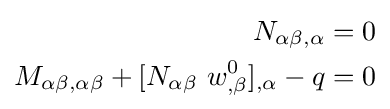
{\begin{aligned}N_{\alpha \beta ,\alpha }&=0\\M_{\alpha \beta ,\alpha \beta }+[N_{\alpha \beta }~w_{,\beta }^{0}]_{,\alpha }-q&=0\end{aligned}}